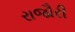
રાજૌરી